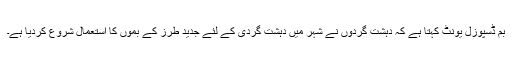
بم ڈسپوزل یونٹ کہتا ہے کہ دہشت گردوں نے شہر میں دہشت گردی کے لئے جدید طرز کے بموں کا استعمال شروع کردیا ہے۔